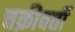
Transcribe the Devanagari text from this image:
चक्रीवर्ती